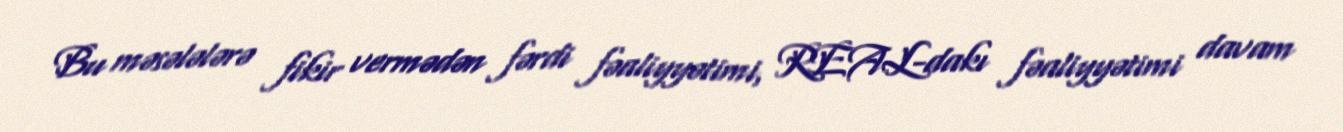
Bu məsələlərə fikir vermədən fərdi fəaliyyətimi, REAL-dakı fəaliyyətimi davam